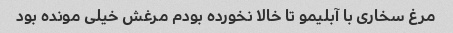
مرغ سخاری با آبلیمو تا خالا نخورده بودم مرغش خیلی مونده بود